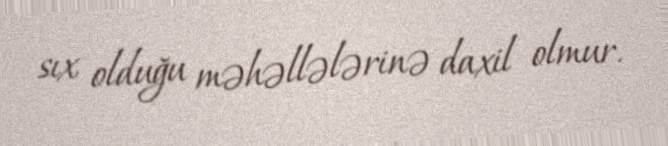
sıx olduğu məhəllələrinə daxil olmur.